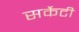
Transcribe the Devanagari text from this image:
सर्केटी